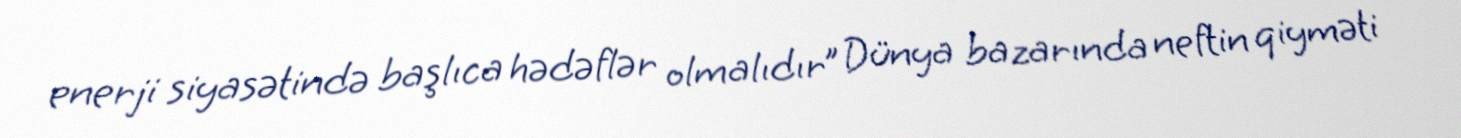
enerji siyasətində başlıca hədəflər olmalıdır” Dünya bazarında neftin qiyməti